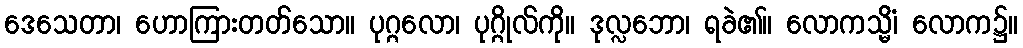
ဒေသေတာ၊ ဟောကြားတတ်သော။ ပုဂ္ဂလော၊ ပုဂ္ဂိုလ်ကို။ ဒုလ္လဘော၊ ရခဲ၏။ လောကသ္မိံ၊ လောက၌။